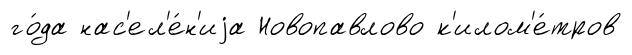
го́да нас'ел'е́н'иjа Новопавлово к'илом'е́тров